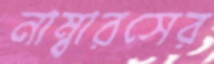
নাম্বারসের